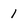
Character: 1